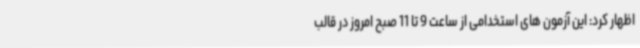
اظهار کرد: این آزمون های استخدامی از ساعت 9 تا 11 صبح امروز در قالب